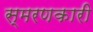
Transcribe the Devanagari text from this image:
स्मरणकारी